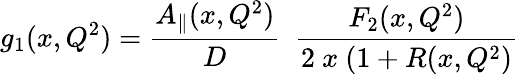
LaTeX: g_{1}(x,Q^{2})=\frac{A_{\| }(x,Q^{2})}{D}~~\frac{F_{2}(x,Q^{2})}{2~x~(1+R(x,Q^{2})}